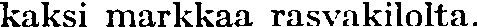
kaksi markkaa rasvakilolta.